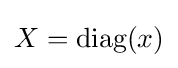
X={\text{diag}}(x)